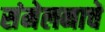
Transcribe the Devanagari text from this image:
संमेलनाचें